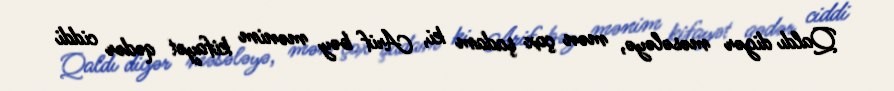
Qaldı digər məsələyə, mən çox şadam ki, Arif bəy mənim kifayət qədər ciddi